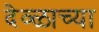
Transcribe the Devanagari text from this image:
देव्ळाच्या